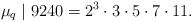
LaTeX: \begin{align*}\mu_q \mid 9240=2^3 \cdot 3 \cdot 5 \cdot 7 \cdot 11.\end{align*}